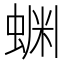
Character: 𬠔